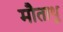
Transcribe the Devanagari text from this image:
मौताथु